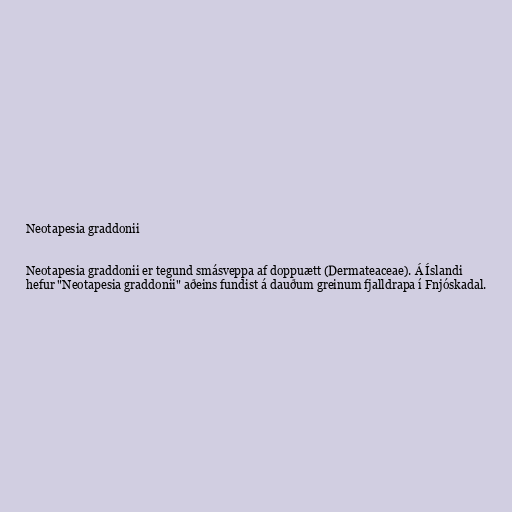
Neotapesia graddonii

Neotapesia graddonii er tegund smásveppa af doppuætt (Dermateaceae). Á Íslandi
hefur "Neotapesia graddonii" aðeins fundist á dauðum greinum fjalldrapa í Fnjóskadal.